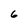
Character: 6